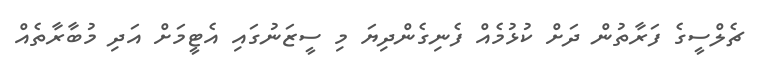
ޗެލްސީގެ ފަރާތުން ދަށް ކުޅުމެއް ފެނިގެންދިޔަ މި ސީޒަނުގައި އެޓީމަށް އަދި މުބާރާތެއް